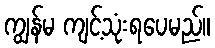
ကျွန်မ ကျင့်သုံးရပေမည်။